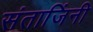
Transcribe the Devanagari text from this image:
संताजिंनी